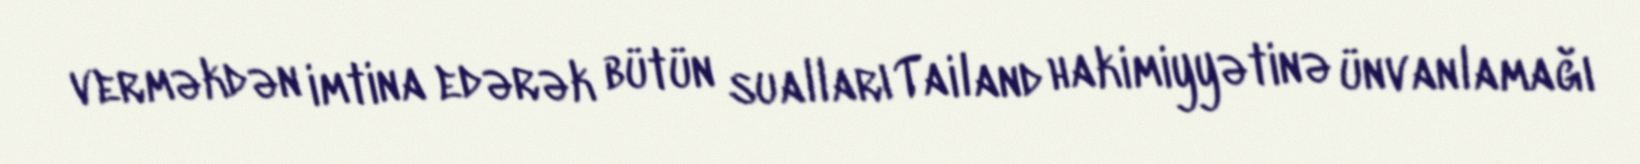
verməkdən imtina edərək bütün sualları Tailand hakimiyyətinə ünvanlamağı